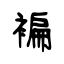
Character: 褊